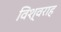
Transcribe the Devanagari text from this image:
विश्वराह